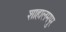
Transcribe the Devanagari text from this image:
शाहालमपुर